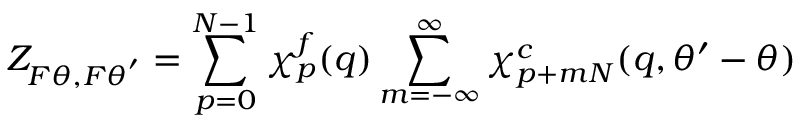
Z _ { F \theta , F \theta ^ { ' } } = \sum _ { p = 0 } ^ { N - 1 } \chi _ { p } ^ { f } ( q ) \sum _ { m = - \infty } ^ { \infty } \chi _ { p + m N } ^ { c } ( q , \theta ^ { \prime } - \theta )